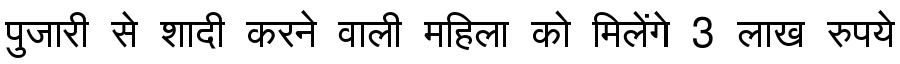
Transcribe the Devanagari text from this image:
पुजारी से शादी करने वाली महिला को मिलेंगे 3 लाख रुपये